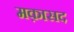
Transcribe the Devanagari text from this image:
मक़ासद